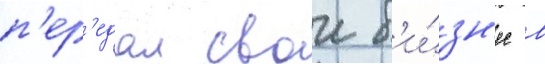
п'ер'едал свои б'и́зн'ес в